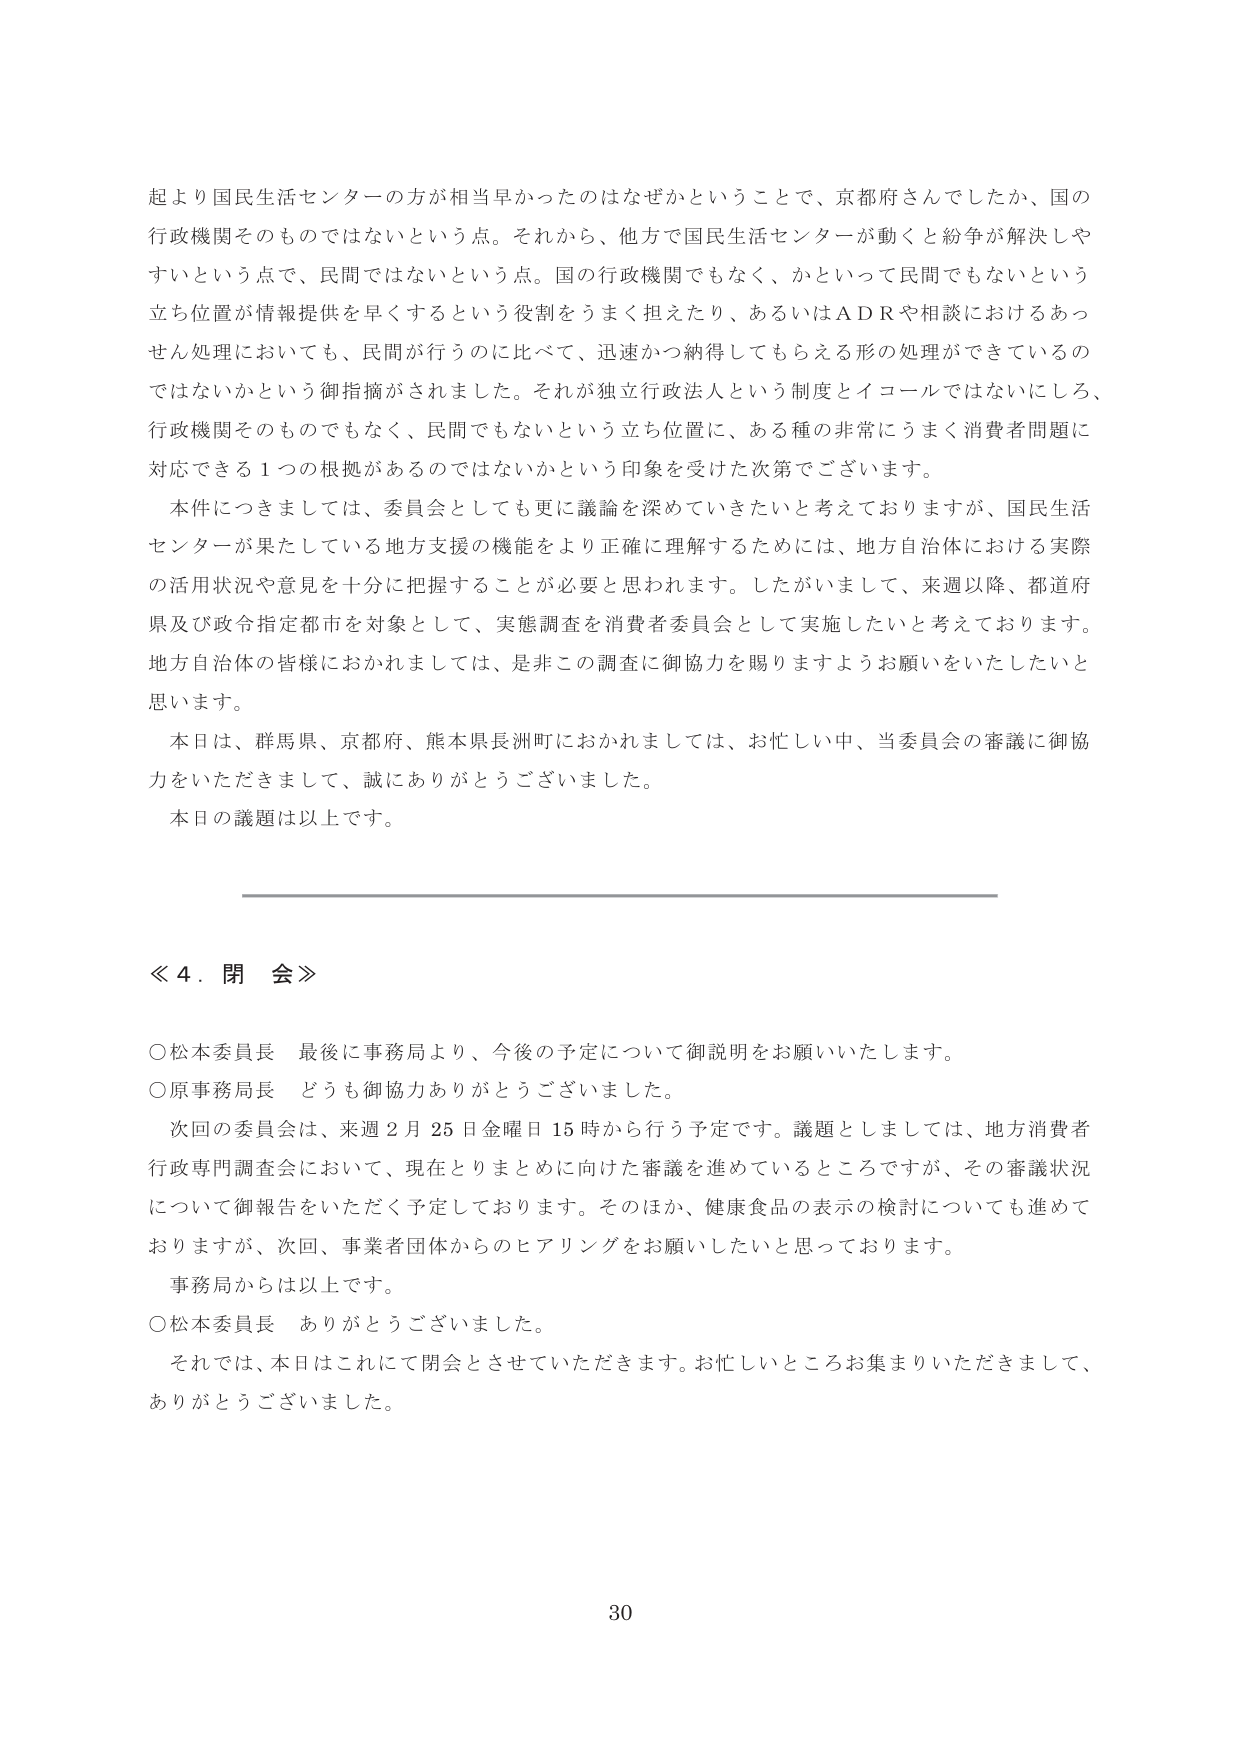
起より国民生活センターの方が相当早かったのはなぜかということで、京都府さんでしたか、国の行政機関そのものではないという点。それから、他方で国民生活センターが動くと紛争が解決しやすいという点で、民間ではないという点。国の行政機関でもなく、かといって民間でもないという立ち位置が情報提供を早くするという役割をうまく担えたり、あるいはＡＤＲや相談におけるあっせん処理においても、民間が行うのに比べて、迅速かつ納得してもらえる形の処理ができているのではないかという御指摘がされました。それが独立行政法人という制度とイコールではないにしろ、行政機関そのものでもなく、民間でもないという立ち位置に、ある種の非常にうまく消費者問題に対応できる１つの根拠があるのではないかという印象を受けた次第でございます。

本件につきましては、委員会としても更に議論を深めていきたいと考えておりますが、国民生活センターが果たしている地方支援の機能をより正確に理解するためには、地方自治体における実際の活用状況や意見を十分に把握することが必要と思われます。したがいまして、来週以降、都道府県及び政令指定都市を対象として、実態調査を消費者委員会として実施したいと考えております。地方自治体の皆様におかれましては、是非この調査に御協力を賜りますようお願いをいたしたいと思います。

本日は、群馬県、京都府、熊本県長洲町におかれましては、お忙しい中、当委員会の審議に御協力をいただきまして、誠にありがとうございました。

本日の議題は以上です。

≪４．閉会≫

○松本委員長　最後に事務局より、今後の予定について御説明をお願いいたします。
○原事務局長　どうも御協力ありがとうございました。

　次回の委員会は、来週２月25日金曜日15時から行う予定です。議題としましては、地方消費者行政専門調査会において、現在とりまとめに向けた審議を進めているところですが、その審議状況について御報告をいただく予定しております。そのほか、健康食品の表示の検討についても進めておりますが、次回、事業者団体からのヒアリングをお願いしたいと思っております。

　事務局からは以上です。
○松本委員長　ありがとうございました。

　それでは、本日はこれにて閉会とさせていただきます。お忙しいところお集まりいただきまして、ありがとうございました。

30